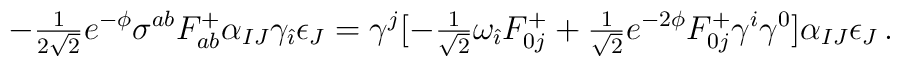
-{\textstyle\frac{1}{2\sqrt{2}}} e^{-\phi} \sigma^{ab}F^{+}_{ab} \alpha_{IJ} \gamma_{\hat{\imath}} \epsilon_{J}=\gamma^{j} [-{\textstyle\frac{1}{\sqrt{2}}}\omega_{\hat{\imath}} F^{+}_{0j}+{\textstyle\frac{1}{\sqrt{2}}} e^{-2\phi} F^{+}_{0j} \gamma^{i}\gamma^{0}] \alpha_{IJ}\epsilon_{J}\, .